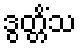
ဒွတ္တိံသ